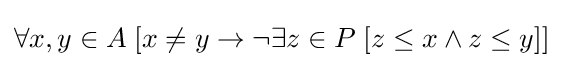
\forall x,y\in A\;[x\neq y\rightarrow \neg \exists z\in P\;[z\leq x\land z\leq y]]